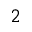
^ 2